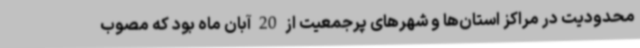
محدودیت در مراکز استان‌ها و شهرهای پرجمعیت از 20 آبان ماه بود که مصوب